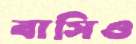
বাসিও